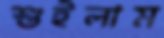
শুইলাম